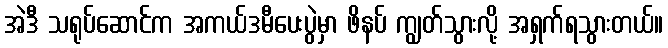
အဲဒီ သရုပ်ဆောင်က အကယ်ဒမီပေးပွဲမှာ ဖိနပ် ကျွတ်သွားလို့ အရှက်ရသွားတယ်။